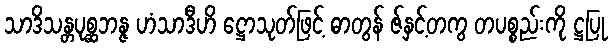
သာဒိသန္တပုစ္ဆဘန္ဇ ဟံသာဒီဟိ ဋ္ဌောသုတ်ဖြင့် ဓာတွန် ဇ်နှင့်တကွ တပစ္စည်းကို ဋ္ဌပြု